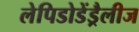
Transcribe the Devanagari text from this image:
लेपिडोडेंड्रैलीज